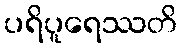
ပရိပူရေဿတိ